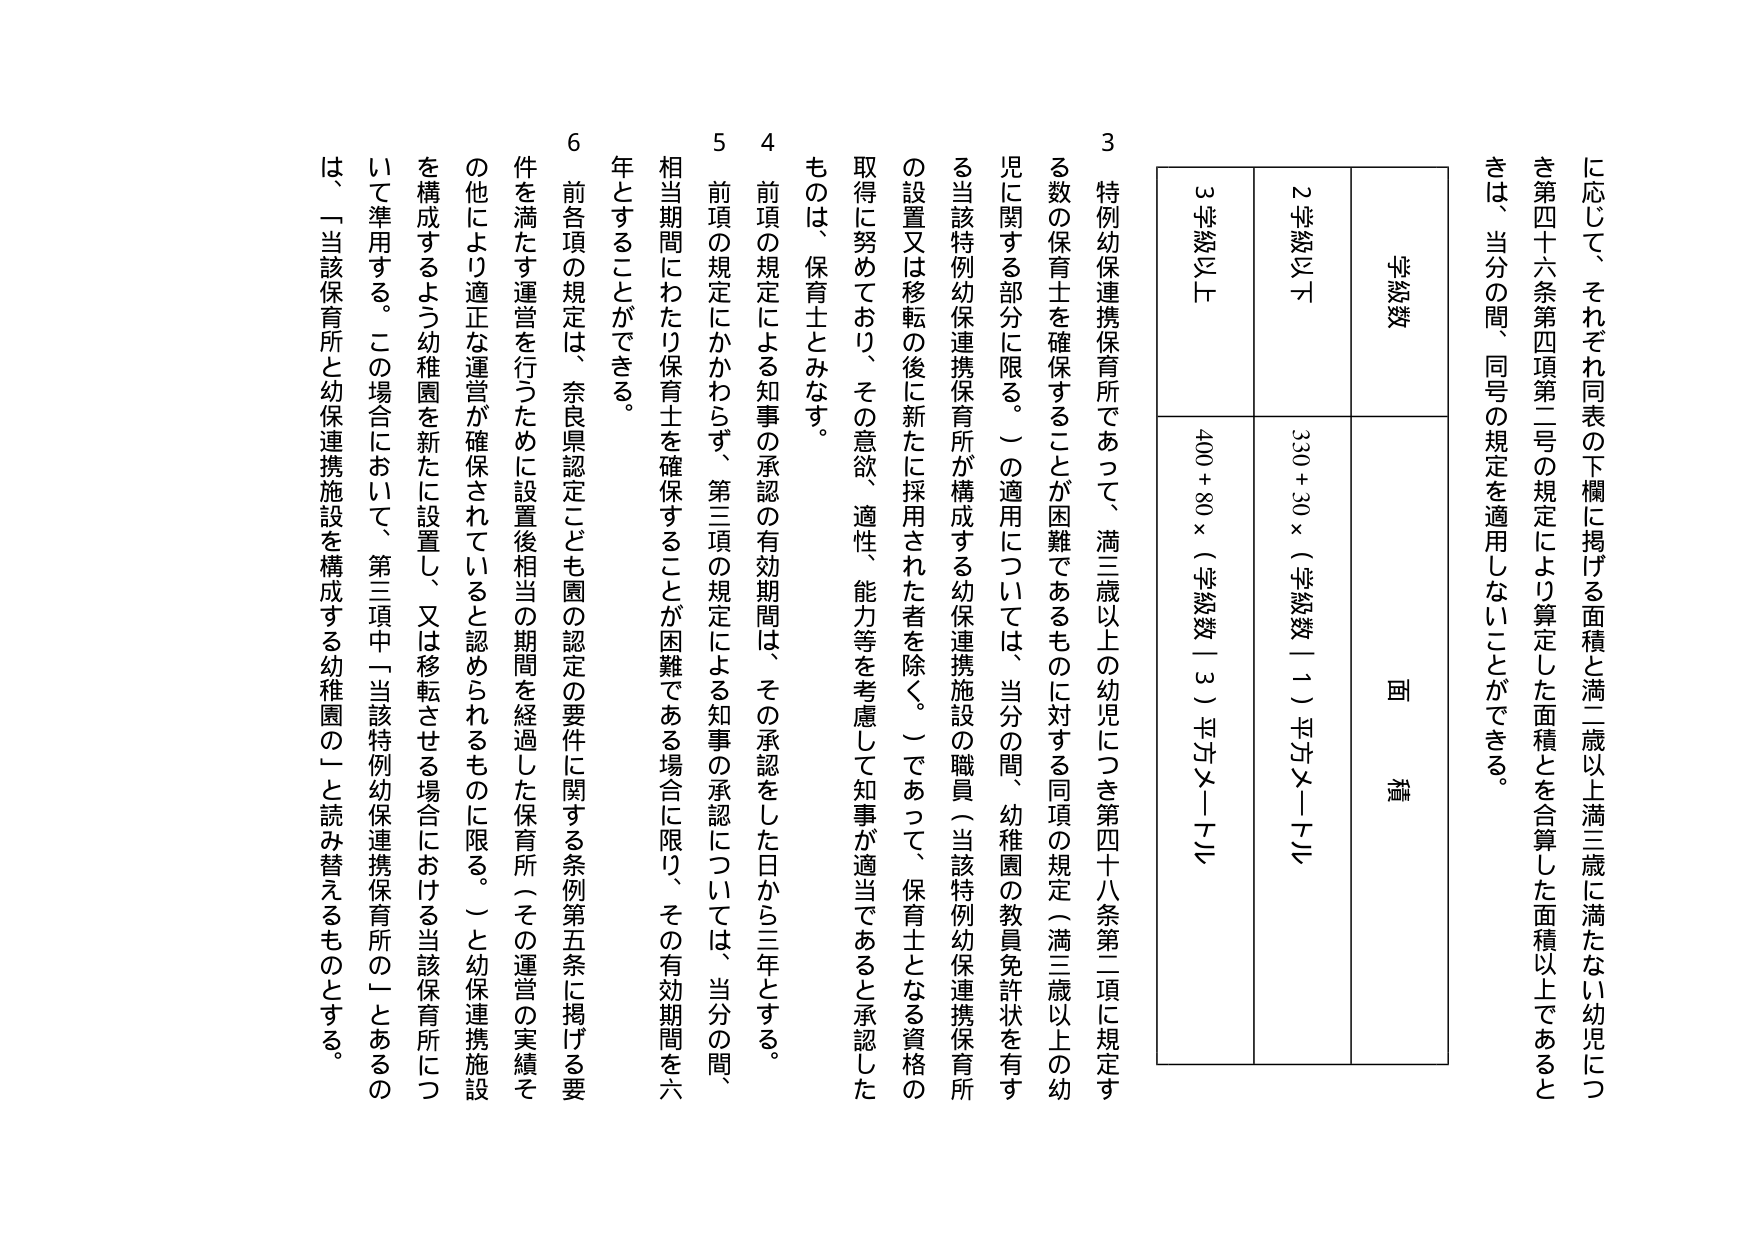
に応じて、それぞれ同表の下欄に掲げる面積と満二歳以上満三歳に満たない幼児につき第四十六条第四項第二号の規定により算定した面積とを合算した面積以上であるときは、当分の間、同号の規定を適用しないことができる。

学級数
面積
2学級以下
330＋30×（学級数｜1）平方メートル
3学級以上
400＋80×（学級数｜3）平方メートル

3 特例幼保連携保育所であって、満三歳以上の幼児につき第四十八条第二項に規定する数の保育士を確保することが困難であるものに対する同項の規定（満三歳以上の幼児に関する部分に限る。）の適用については、当分の間、幼稚園の教員免許状を有する当該特例幼保連携保育所が構成する幼保連携施設の職員（当該特例幼保連携保育所の設置又は移転の後に新たに採用された者を除く。）であって、保育士となる資格の取得に努めており、その意欲、適性、能力等を考慮して知事が適当であると承認したものは、保育士とみなす。

4 前項の規定による知事の承認の有効期間は、その承認をした日から三年とする。

5 前項の規定にかかわらず、第三項の規定による知事の承認については、当分の間、相当期間にわたり保育士を確保することが困難である場合に限り、その有効期間を六年とすることができる。

6 前各項の規定は、奈良県認定こども園の認定の要件に関する条例第五条に掲げる要件を満たす運営を行うために設置後相当の期間を経過した保育所（その運営の実績その他により適正な運営が確保されていると認められるものに限る。）と幼保連携施設を構成するよう幼稚園を新たに設置し、又は移転させる場合における当該保育所について準用する。この場合において、第三項中「当該特例幼保連携保育所の」とあるのは、「当該保育所と幼保連携施設を構成する幼稚園の」と読み替えるものとする。